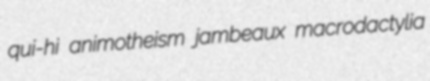
qui-hi animotheism jambeaux macrodactylia